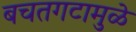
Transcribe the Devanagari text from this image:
बचतगटामुळे